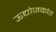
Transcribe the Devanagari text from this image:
ऊद्योजकांत